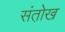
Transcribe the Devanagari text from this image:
संतो़ख